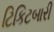
ટિકિટબારી